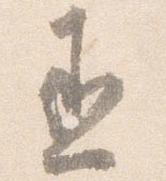
丞